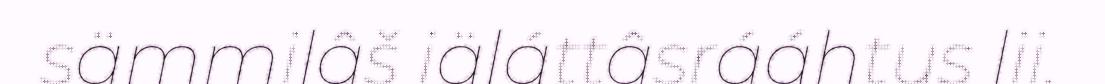
sämmilâš iäláttâsrááhtus lii.